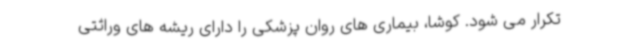
تکرار می شود. کوشا، بیماری های روان پزشکی را دارای ریشه های وراثتی